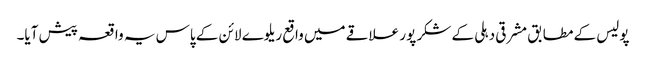
پولیس کے مطابق مشرقی دہلی کے شکر پور علاقے میں واقع ریلوے لائن کے پاس یہ واقعہ پیش آیا۔